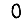
Digit: 0